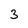
Character: 3